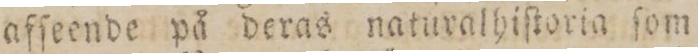
afſeende på deras naturalhiſtoria ſom